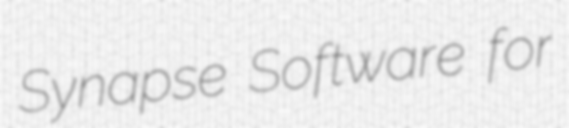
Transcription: Synapse Software for